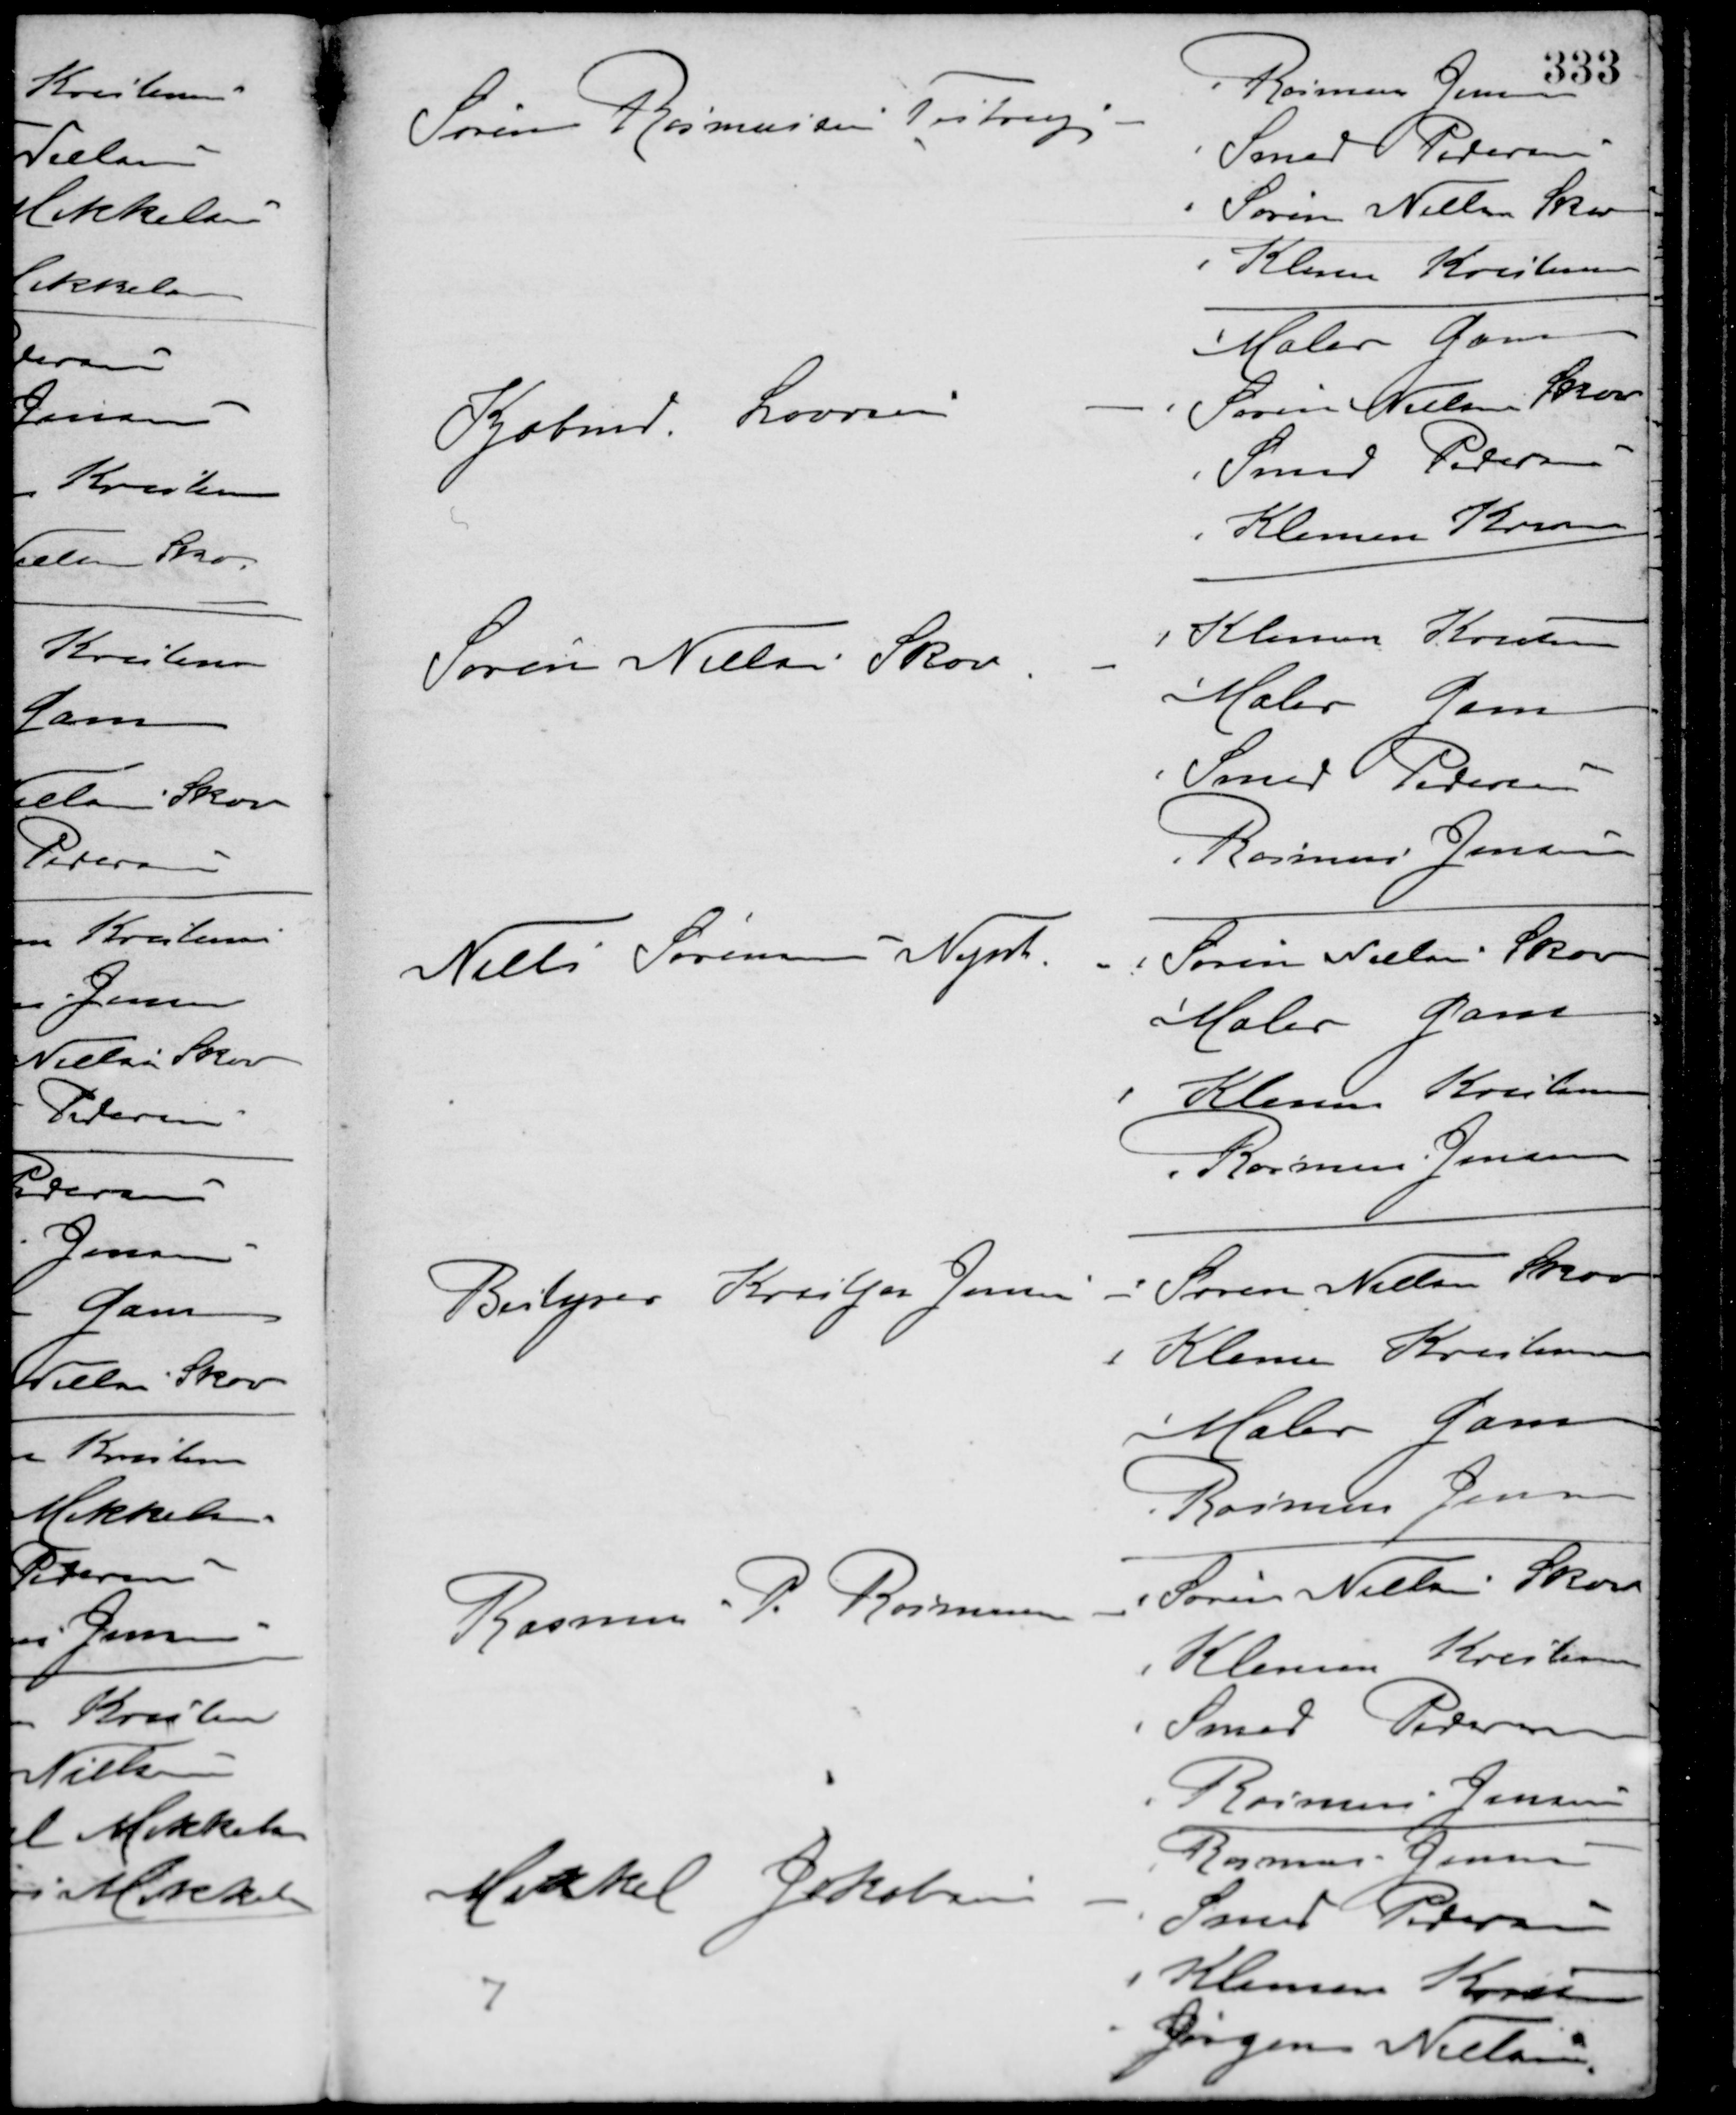
Transskription:
Søren Rasmussen, Testrup -
Rasmus Jensen
Smed Pedersen
Søren Nielsen Skov
Klemen Kristensen
Købmd. Laursen -
Maler Gam
Søren Nielsen Skov
Smed Pedersen
Klemen Kristensen
Søren Nielsen Skov -
Klemen Kristensen
Maler Gam
Smed Pedersen
Rasmus Jensen
Niels Sørensen Nymk. -
Søren Nielsen Skov
Maler Gam
Klemen Kristensen
Rasmus Jensen
Bestyrer Kristjan Jensen -
Søren Nielsen Skov
Klemen Kristensen
Maler Gam
Rasmus Jensen
Rasmus P. Rasmussen -
Søren Nielsen Skov
Klemen Kristensen
Smed Pedersen
Rasmus Jensen
Mikkel Jakobsen -
Rasmus Jensen
Smed Pedersen
Klemen Kristensen
Jørgen Nielsen
7